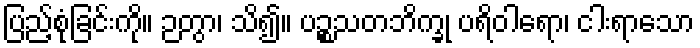
ပြည့်စုံခြင်းကို။ ဉတွာ၊ သိ၍။ ပဉ္စသတဘိက္ခု ပရိဝါရော၊ ငါးရာသော